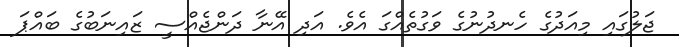
ޖަލުގައި މިއަދުގެ ހެނދުނުގެ ވަގުތެއްގަ އެވެ. އަދި އޭނާ ދަންޖެއްސީ ޒައިނަބުގެ ބައްޕަ